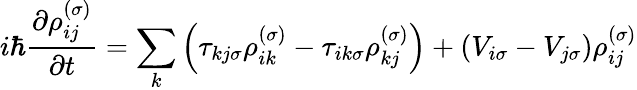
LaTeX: i\hbar\frac{\partial\rho_{ij}^{\left(\sigma\right)}}{\partial t}=\sum_{k}\left(\tau_{kj\sigma}\rho_{ik}^{\left(\sigma\right)}-\tau_{ik\sigma}\rho_{kj}^{\left(\sigma\right)}\right)+\left(V_{i\sigma}-V_{j\sigma}\right)\rho_{ij}^{\left(\sigma\right)}